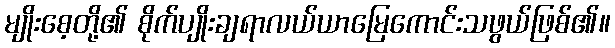
မျိုးစေ့တို့၏ စိုက်ပျိုးချရာလယ်ယာမြေကောင်းသဖွယ်ဖြစ်၏။